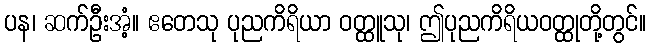
ပန၊ ဆက်ဦးအံ့။ ဧတေသု ပုညကိရိယာ ဝတ္ထူသု၊ ဤပုညကိရိယဝတ္ထုတို့တွင်။